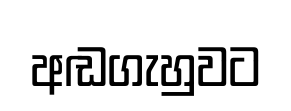
අඬගැහුවට